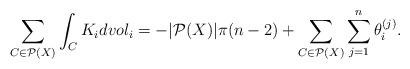
LaTeX: \begin{align*}\sum_{C\in \mathcal P(X)} \int_C K_i dvol_i = -|\mathcal P(X)|\pi(n-2) + \sum_{C\in \mathcal P(X)} \sum_{j=1}^n\theta^{(j)}_i.\end{align*}